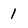
Character: 1